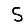
Digit: 5